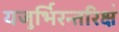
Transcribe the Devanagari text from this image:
यजुर्भिरन्तरिक्षं